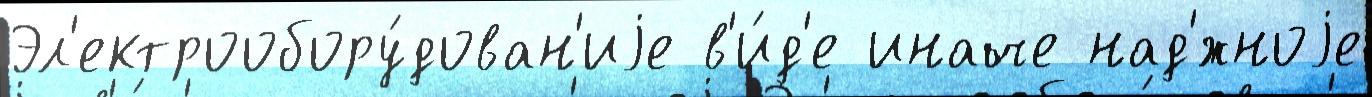
Эл'ектрообору́дован'иjе в'и́д'е иначе над'́жноjе